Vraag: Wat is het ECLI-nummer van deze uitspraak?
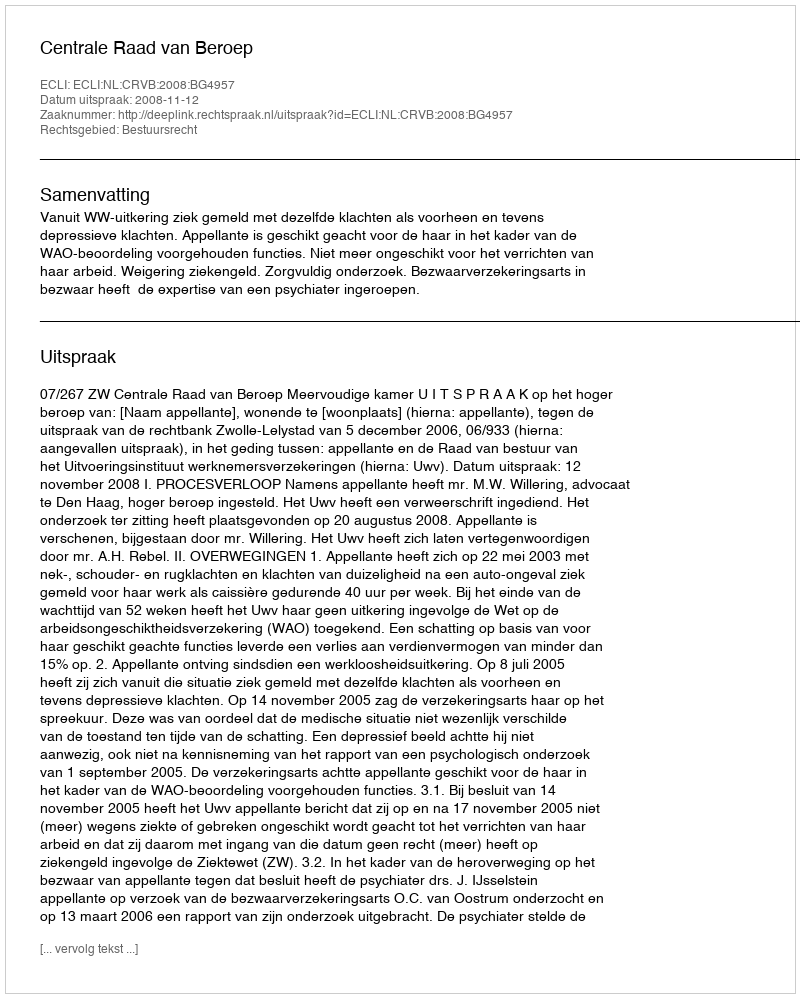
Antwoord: ECLI:NL:CRVB:2008:BG4957